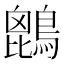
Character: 𪄆